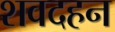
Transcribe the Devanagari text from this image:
शवदहन